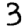
Digit: 3